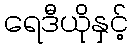
ရေဒီယိုနှင့်